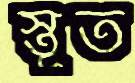
স্তূত